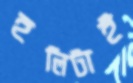
হলিটাই